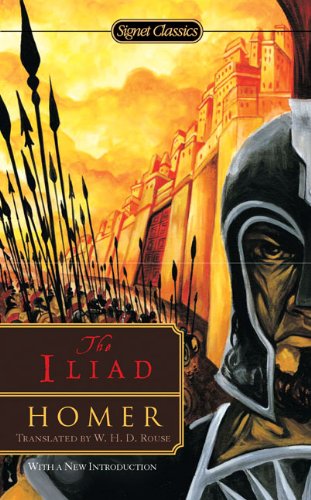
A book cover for The Iliad; Homer; Science Fiction & Fantasy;